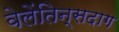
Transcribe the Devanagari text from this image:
वेलेंतिन्सदाग